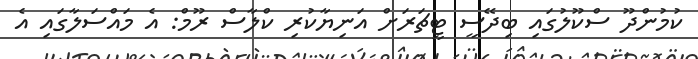
ކުމުންދޫ ސްކޫލުގައި ބިދޭސީ ޓީޗަރަށް އަނިޔާކުރި ކްލާސް ރޫމް: އެ މައްސަލާގައި އެ